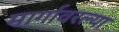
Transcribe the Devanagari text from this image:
मार्गावरल्या